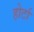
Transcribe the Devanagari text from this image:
होर्टा